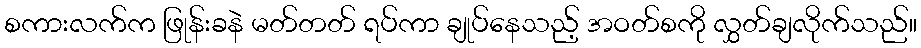
စကားလက်က ဖြုန်းခနဲ မတ်တတ် ရပ်ကာ ချုပ်နေသည့် အဝတ်စကို လွှတ်ချလိုက်သည်။